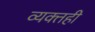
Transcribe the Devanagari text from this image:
व्‍यक्‍तही